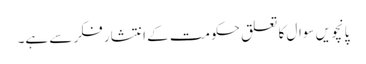
پانچویں سوال کا تعلق حکومت کے انتشار فکر سے ہے۔